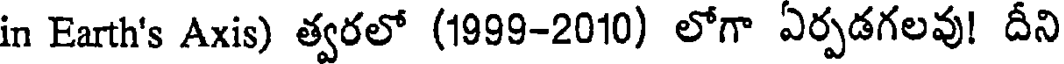
in Earth's Axis) త్వరలో (1999-2010) లోగా ఏర్పడగలవు! దీని